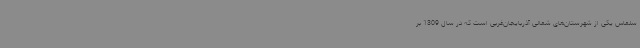
سلماس یکی از شهرستان‌های شمالی آذربایجان‌غربی است که در سال 1309 بر